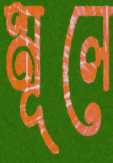
মূলে